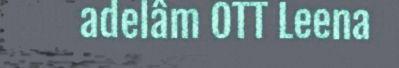
adelâm OTT Leena